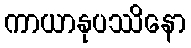
ကာယာနုပဿိနော